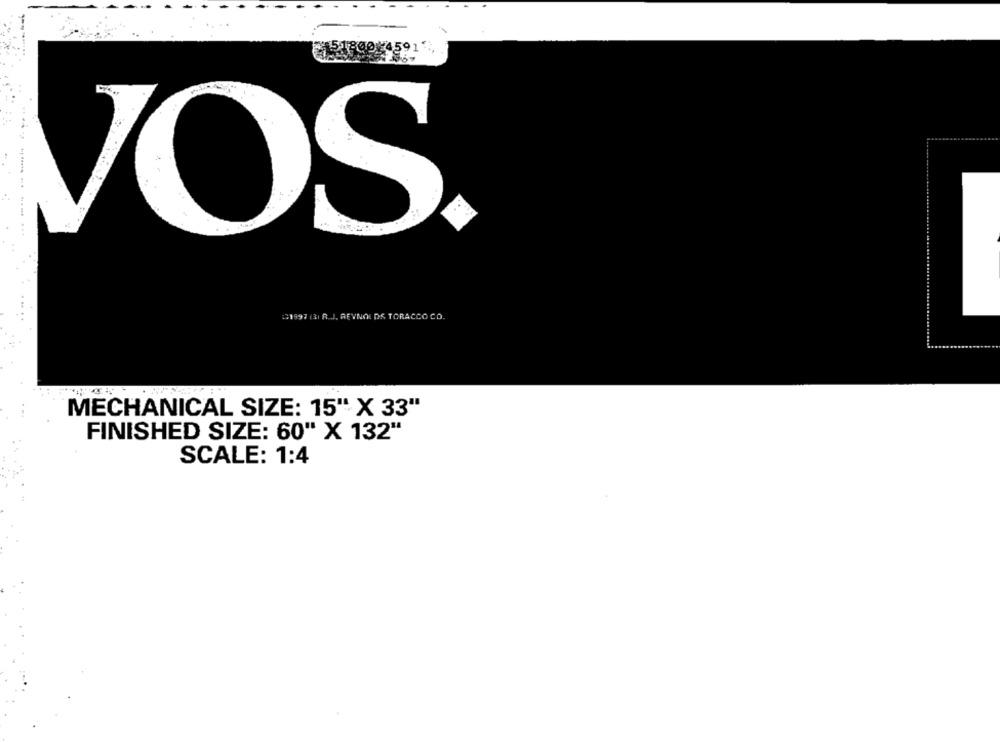
159
*.
VOS
01997 (3) R.J. REYNOLDS TORACCO CO.
MECHANICAL SIZE: 15" X 33"
FINISHED SIZE: 60" X 132"
SCALE: 1:4